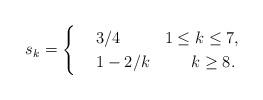
LaTeX: \begin{align*}s_k=\begin{cases}&\;3/4\;\,\;\;\;\;\; \;\;\;1\leq k\leq 7,\\&\;1-2/k \;\;\;\;\;\;\;\;\;k\geq 8.\end{cases}\end{align*}